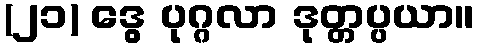
(၂၁) ဒွေ ပုဂ္ဂလာ ဒုတ္တပ္ပယာ။